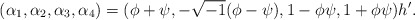
\begin{align*}(\alpha_1,\alpha_2,\alpha_3,\alpha_4)=(\phi+\psi,-\sqrt{-1}(\phi-\psi),1-\phi\psi,1+\phi\psi)h'.\end{align*}